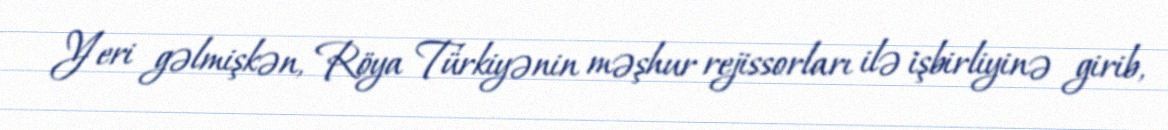
Yeri gəlmişkən, Röya Türkiyənin məşhur rejissorları ilə işbirliyinə girib,